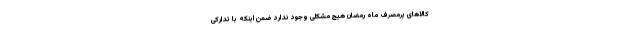
کالاهای پرمصرف ماه رمضان هیچ مشکلی وجود ندارد ضمن اینکه با تدارکی